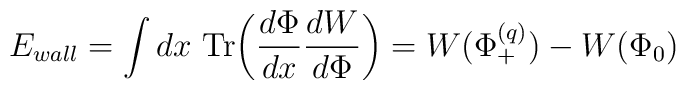
E_{wall} =   \int dx ~ {\rm Tr} \biggl (   {{d\Phi}\over {dx}} {{dW}\over {d\Phi}} \biggr ) =  W(\Phi_+^{(q)}) - W (\Phi_0)